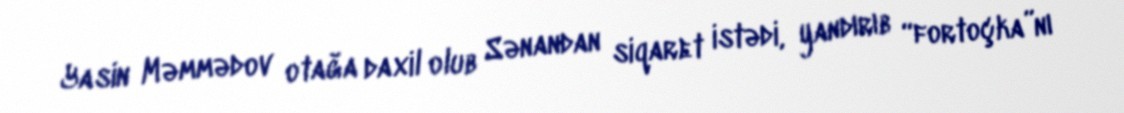
Yasin Məmmədov otağa daxil olub Sənandan siqaret istədi, yandırıb “fortoçka”nı